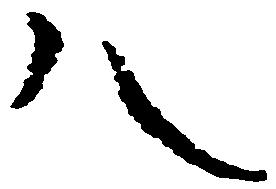
八